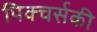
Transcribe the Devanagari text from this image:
पिक्चर्सकी